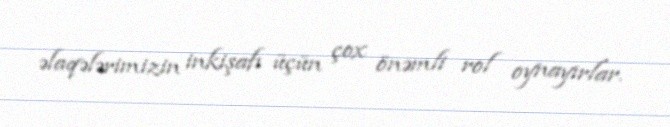
əlaqələrimizin inkişafı üçün çox önəmli rol oynayırlar.